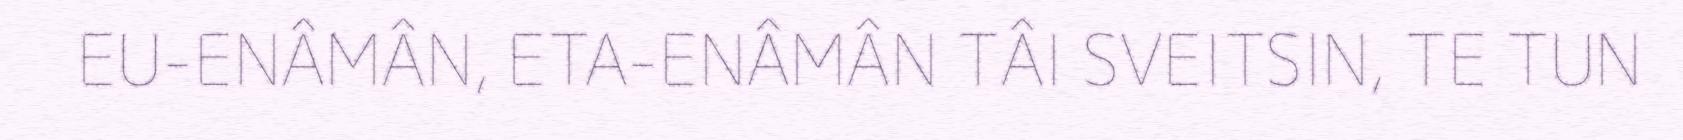
EU-ENÂMÂN, ETA-ENÂMÂN TÂI SVEITSIN, TE TUN